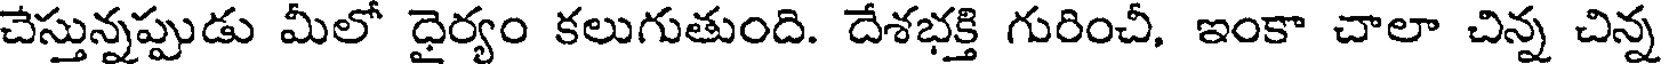
చేస్తున్నప్పుడు మీలో ధైర్యం కలుగుతుంది. దేశభక్తి గురించీ, ఇంకా చాలా చిన్న చిన్న